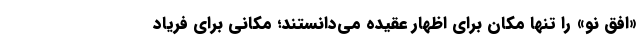
«افق نو» را تنها مکان برای اظهار عقیده می‌دانستند؛ مکانی برای فریاد